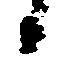
候